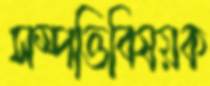
সম্পত্তিবিষয়ক